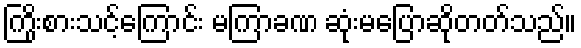
ကြိုးစားသင့်ကြောင်း မကြာခဏ ဆုံးမပြောဆိုတတ်သည်။